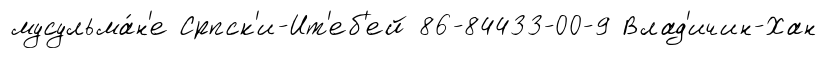
мусульма́н'е Српск'и-Ит'еб'ей 86-84433-00-9 Влад'ичин-Хан